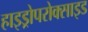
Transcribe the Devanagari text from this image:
हाइड्रोपरोक्साइड